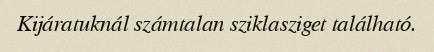
Kijáratuknál számtalan sziklasziget található.